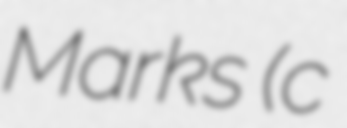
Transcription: Marks (c